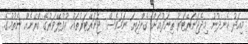
މިއަދު ހެނދުނު މިދެޖަނަރޭޓަރު ތިނަދުއަށް ގެންދިޔަ ނަމަވެސް ޖަނަރޭޓަރުތައް އުފުލޭވަރުގެ ކްރޭނެއް ނެތުމުގެ